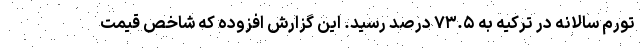
تورم سالانه در ترکیه به ۷۳.۵ درصد رسید. این گزارش افزوده که شاخص قیمت